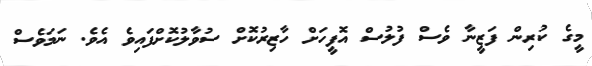
މީގެ ކުރިން ފަޒީނާ ވެސް ފުލުސް އޮފީހަށް ހާޒިރުކޮށް ސުވާލުކޮށްފައިވެ އެވެ. ނަމަވެސް